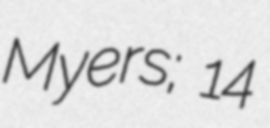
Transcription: Myers; 14